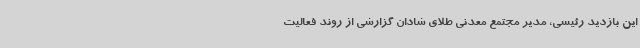
این بازدید رئیسی، مدیر مجتمع معدنی طلای شادان گزارشی از روند فعالیت